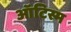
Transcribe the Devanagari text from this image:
ऑटिस्म